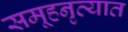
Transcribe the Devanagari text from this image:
समूहनृत्यात